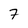
Character: 7